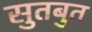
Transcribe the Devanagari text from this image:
सुतबुत